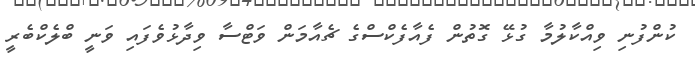
ކުންފުނި ވިއްކާލުމާ ގުޅޭ ގޮތުން ފެއާފެކްސްގެ ޗެއާމަން ވަޓްސާ ވިދާޅުވެފައި ވަނީ ބްލެކްބެރީ